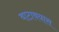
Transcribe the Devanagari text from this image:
वाटावयास